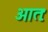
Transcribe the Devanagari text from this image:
आतः